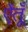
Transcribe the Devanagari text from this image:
ऐंतूँ